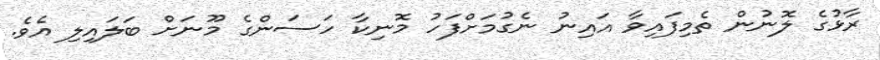
ރާޅުގެ ލޮނުން ތެމިފައިވާ އައިނު ނެގުމަށްފަހު މޮނިކާ ހަސަންގެ މޫނަށް ބަލައިލި އެވެ.